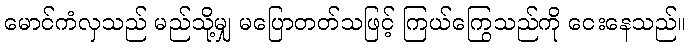
မောင်ကံလှသည် မည်သို့မျှ မပြောတတ်သဖြင့် ကြယ်ကြွေသည်ကို ငေးနေသည်။